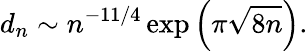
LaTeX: d_{n}\sim n^{-11/4}\exp\left(\pi\sqrt{8n}\right).